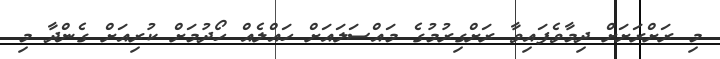
މި ރަށްރަށަށް ދިމާވެފައިވާ ރަށްގިރުމުގެ މައްސަލައަށް ހައްލެއް ހޯދުމަށް ކުރިއަށް ގެންދާ މި